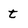
Character: t